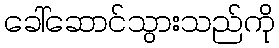
ခေါ်ဆောင်သွားသည်ကို